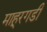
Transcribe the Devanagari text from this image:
माहूरगडी